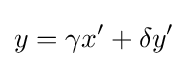
y=\gamma x'+\delta y'